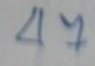
47